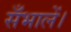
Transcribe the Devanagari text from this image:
सँभालें।